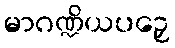
မာဂဏ္ဍိယပဉှေ